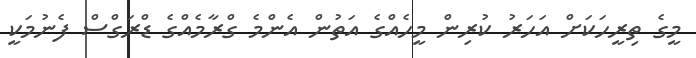
މީގެ ތިރީހަކަށް އަހަރު ކުރިން މީހެއްގެ އަތުން އެންމެ ގްރާމެއްގެ ޑްރަގްސް ފެނުމަކީ